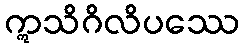
ဣသိဂိလိပဿေ